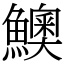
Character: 𩼈